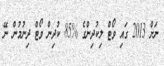
ނަށް 2013 ގައި ވޯޓް ލިކުދިންގެ %85 ކުދިން ވޯޓް ދިނުމުން ނޭ